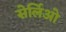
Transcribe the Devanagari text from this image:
सेर्लिओ